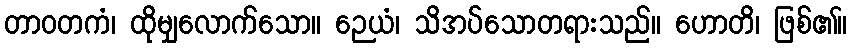
တာဝတကံ၊ ထိုမျှလောက်သော။ ဉေယံ၊ သိအပ်သောတရားသည်။ ဟောတိ၊ ဖြစ်၏။